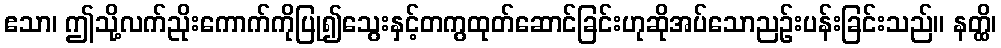
ဧသာ၊ ဤသို့လက်ညိုးကောက်ကိုပြု၍သွေးနှင့်တကွထုတ်ဆောင်ခြင်းဟုဆိုအပ်သောညဉ်းပန်းခြင်းသည်။ နတ္ထိ၊